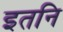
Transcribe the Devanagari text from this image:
इतनि